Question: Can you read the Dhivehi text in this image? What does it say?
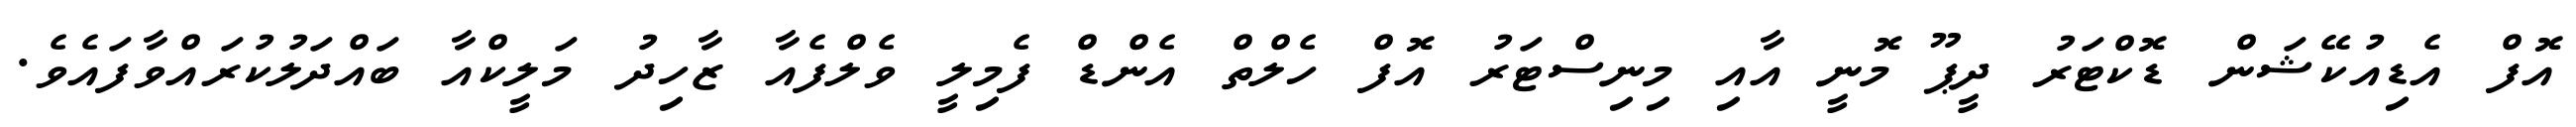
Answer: އޮފް އެޑިއުކޭޝަން ޑޮކްޓަރު ދީޕޫ މޮނީ އާއި މިނިސްޓަރު އޮފް ހެލްތް އެންޑް ފެމިލީ ވެލްފެއާ ޒާހިދު މަލީކްއާ ބައްދަލުކުރައްވާފައެވެ.